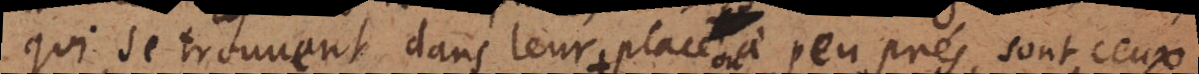
qui se trouvent dans leur à peu prés, sont ceux